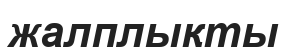
жалплықты